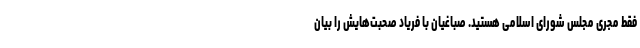
فقط مجری مجلس شورای اسلامی هستید. صباغیان با فریاد صحبت‌هایش را بیان